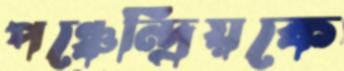
পঞ্চেন্দ্রিয়কে